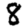
Digit: 8